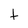
Character: t